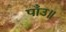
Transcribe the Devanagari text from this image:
पाँउ॥